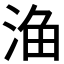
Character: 𱦦